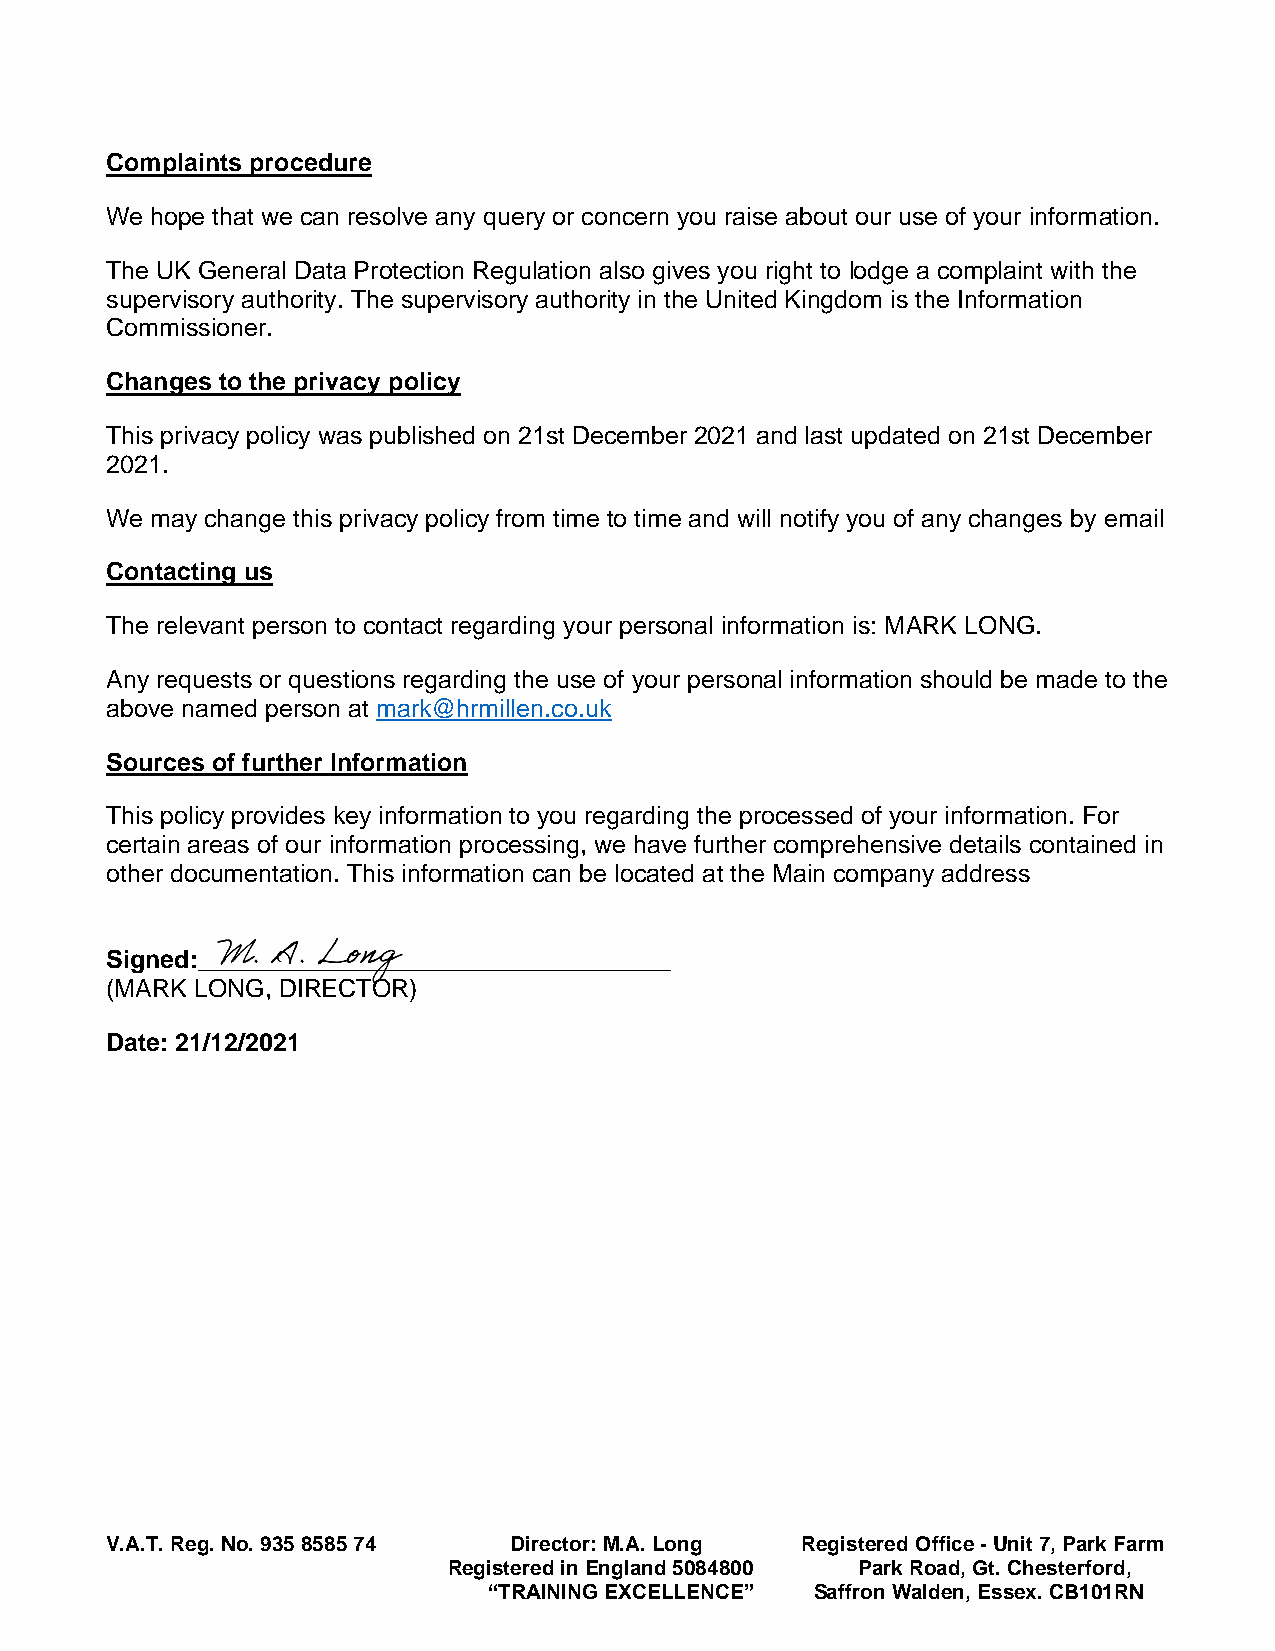
Complaints procedure
 We hope that we can resolve any query or concern you raise about our use of your information.
 The UK General Data Protection Regulation also gives you right to lodge a complaint with the
 supervisory authority. The supervisory authority in the United Kingdom is the Information
 Commissioner.
 Changes to the privacy policy
 This privacy policy was published on 21st December 2021 and last updated on 21st December
 2021.
 We may change this privacy policy from time to time and will notify you of any changes by email
 Contacting us
 The relevant person to contact regarding your personal information is: MARK LONG.
 Any requests or questions regarding the use of your personal information should be made to the
 above named person at mark@hrmillen.co.uk
 Sources of further Information
 This policy provides key information to you regarding the processed of your information. For
 certain areas of our information processing, we have further comprehensive details contained in
 other documentation. This information can be located at the Main company address
 Signed:__________________________________
 (MARK LONG, DIRECTOR)
 Date: 21/12/2021
 V.A.T. Reg. No. 935 8585 74 Director: M.A. Long Registered Office - Unit 7, Park Farm
 Registered in England 5084800 Park Road, Gt. Chesterford,
 “TRAINING EXCELLENCE” Saffron Walden, Essex. CB101RN